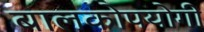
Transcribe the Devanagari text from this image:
बालकोपयोगी